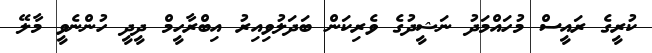
ކުރީގެ ރައީސް މުހައްމަދު ނަޝީދުގެ ވެރިކަން ބަދަލުވިއިރު އިބްރާހީމް ދީދީ ހުންނެވީ މާލޭ